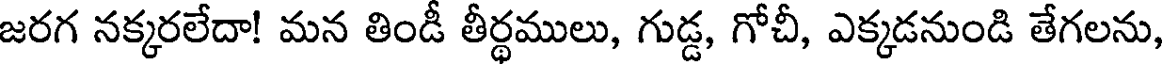
జరగ నక్కరలేదా! మన తిండీ తీర్థములు, గుడ్డ, గోచీ, ఎక్కడనుండి తేగలను,